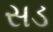
સડ